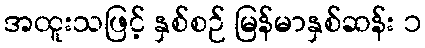
အထူးသဖြင့် နှစ်စဉ် မြန်မာနှစ်ဆန်း ၁